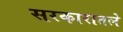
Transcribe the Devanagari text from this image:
सरकारातले